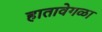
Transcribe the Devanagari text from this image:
हातावेगळा